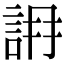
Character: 𧧛